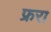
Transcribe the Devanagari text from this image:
फ्ररा